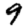
Digit: 9